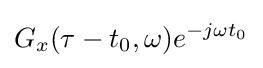
G_{x}(\tau -t_{0},\omega )e^{-j\omega t_{0}}